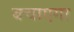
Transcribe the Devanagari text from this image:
बचाएगा